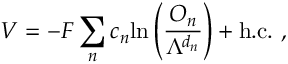
V = - F \sum _ { n } c _ { n } \mathrm { l n } \left( \frac { { \cal O } _ { n } } { \Lambda ^ { d _ { n } } } \right) + \mathrm { h . c . } \ ,